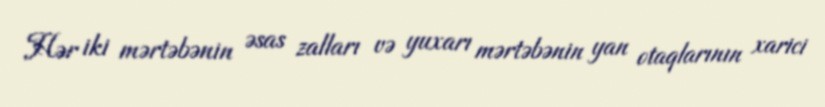
Hər iki mərtəbənin əsas zalları və yuxarı mərtəbənin yan otaqlarının xarici